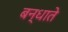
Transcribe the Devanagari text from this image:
बन्धाते